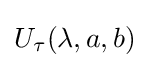
U_{\tau }(\lambda ,a,b)